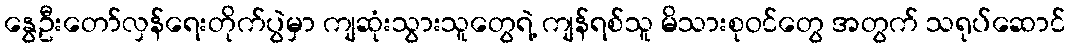
နွေဦးတော်လှန်ရေးတိုက်ပွဲမှာ ကျဆုံးသွားသူတွေရဲ့ ကျန်ရစ်သူ မိသားစုဝင်တွေ အတွက် သရုပ်ဆောင်